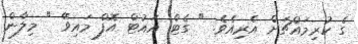
ގެ ކުރިމައްޗަށް އެރިއެވެ. " ގެޓް އައުޓް އޮފް މައިވޭ " މިލާން